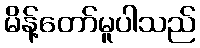
မိန့်တော်မူပါသည်